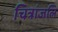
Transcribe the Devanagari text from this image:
चित्रांजलि